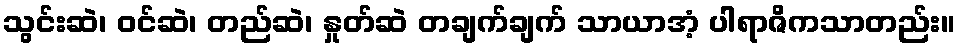
သွင်းဆဲ၊ ဝင်ဆဲ၊ တည်ဆဲ၊ နှုတ်ဆဲ တချက်ချက် သာယာအံ့ ပါရာဇိကသာတည်း။